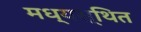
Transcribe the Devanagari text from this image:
मध्यस्थित